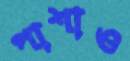
পাশাও